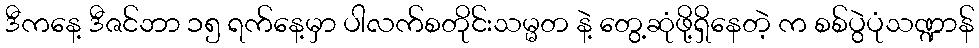
ဒီကနေ့ ဒီဇင်ဘာ ၁၅ ရက်နေ့မှာ ပါလက်စတိုင်းသမ္မတ နဲ့ တွေ့ဆုံဖို့ရှိနေတဲ့ က စစ်ပွဲပုံသဏ္ဍာန်